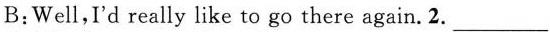
B:Well,I'd really like to go there again.2. ___